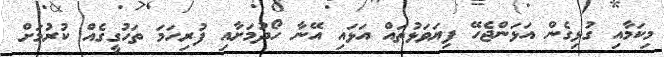
މިކަމާއި ގުޅިގެން އަޅަންޖެހޭ ފިޔަވަޅުތައް އަޅައި އޭނާ ހޯދުމަށާއި ފުރިހަމަ ތަހުގީގެއް ކުރުމަށް